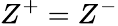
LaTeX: Z^{+}=Z^{-}